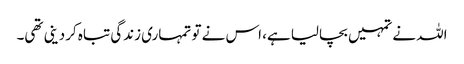
اللہ نے تمہیں بچالیا ہے، اس نے تو تمہاری زندگی تباہ کردینی تھی۔